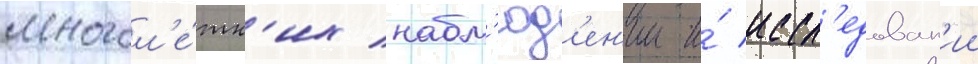
многол'е́тн'их набл'юд'ен'ии и́ иссл'едован'ии